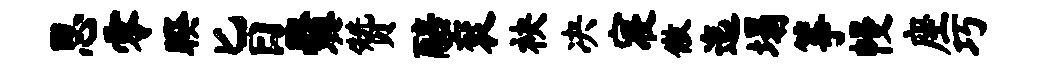
思零睽旨爨赞醅衮袂决寝傲迤塌筝幔座巧